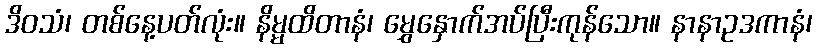
ဒိဝသံ၊ တစ်နေ့ပတ်လုံး။ နိမ္မထိတာနံ၊ မွှေနှောက်အပ်ပြီးကုန်သော။ နာနာဥဒကာနံ၊